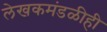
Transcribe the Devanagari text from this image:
लेखकमंडळीही